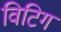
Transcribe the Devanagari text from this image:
विटिग